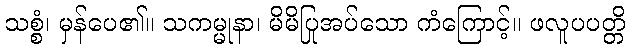
သစ္စံ၊ မှန်ပေ၏။ သကမ္မုနာ၊ မိမိပြုအပ်သော ကံကြောင့်။ ဖလူပပတ္တိ